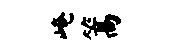
崦篙